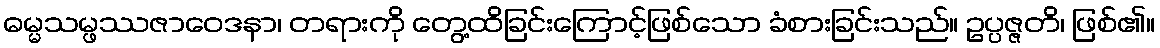
ဓမ္မသမ္ဖဿဇာဝေဒနာ၊ တရားကို တွေ့ထိခြင်းကြောင့်ဖြစ်သော ခံစားခြင်းသည်။ ဥပ္ပဇ္ဇတိ၊ ဖြစ်၏။